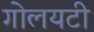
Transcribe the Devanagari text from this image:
गोलयटी